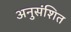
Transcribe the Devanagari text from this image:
अनुसंशित